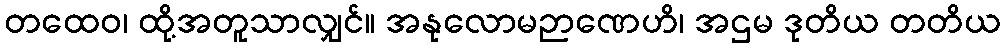
တထေဝ၊ ထို့အတူသာလျှင်။ အနုလောမဉာဏေဟိ၊ အဌမ ဒုတိယ တတိယ